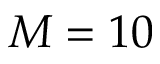
M = 1 0